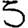
Digit: 5